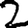
Digit: 2